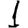
Digit: 1